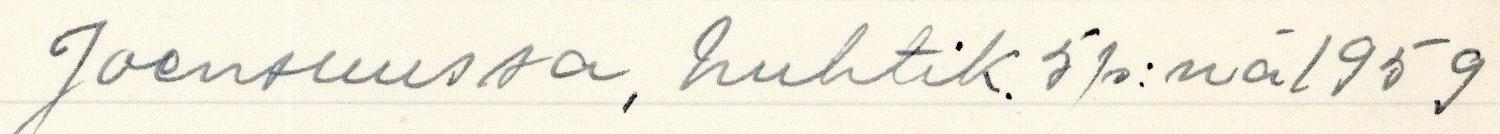
Joensuussa, huhtik. 5p:nä 1959